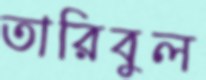
তারিবুল